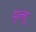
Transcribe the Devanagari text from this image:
मृत्त्यू